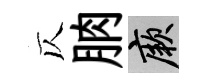
仄朒厥